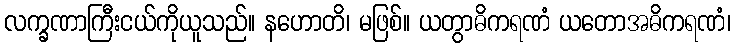
လက္ခဏာကြီးငယ်ကိုယူသည်။ နဟောတိ၊ မဖြစ်။ ယတွာဓိကရဏံ ယတောအဓိကရဏံ၊